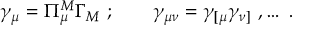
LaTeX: \gamma _ { \mu } = \Pi _ { \mu } ^ { M } \Gamma _ { M } \ ; \qquad \gamma _ { \mu \nu } = \gamma _ { [ \mu } \gamma _ { \nu ] } \ , \ldots \ .